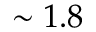
\sim 1 . 8